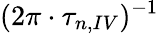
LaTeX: (2\pi\cdot\tau_{n,IV})^{-1}